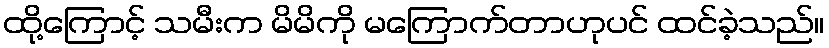
ထို့ကြောင့် သမီးက မိမိကို မကြောက်တာဟုပင် ထင်ခဲ့သည်။